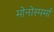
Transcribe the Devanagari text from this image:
मोनोस्पर्मा